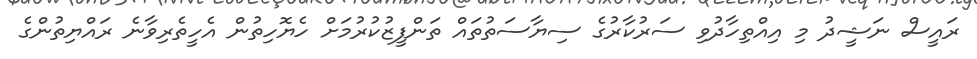
ރައީސް ނަޝީދު މި އިއްތިހާދުވި ސަރުކާރުގެ ސިޔާސަތުތައް ތަންފީޒުކުރުމަށް ހެޔޮހިތުން އެހީތެރިވާނެ ރައްޔިތުންގެ